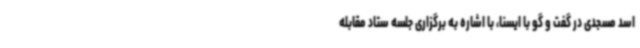
اسد مسجدی در گفت و گو با ایسنا، با اشاره به برگزاری جلسه ستاد مقابله